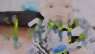
মূলশক্তি